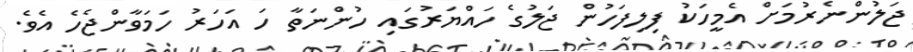
ޖަލުންނެރުމަށް އެމީހަކު ފިލިފަހުން ޖަލުގެ ހައްޔަރުގައި ހުންނަތާ ހަ އަހަރު ހަމަވާންޖެހެ އެވެ.